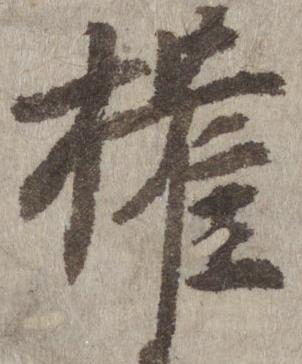
権